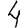
Digit: 4